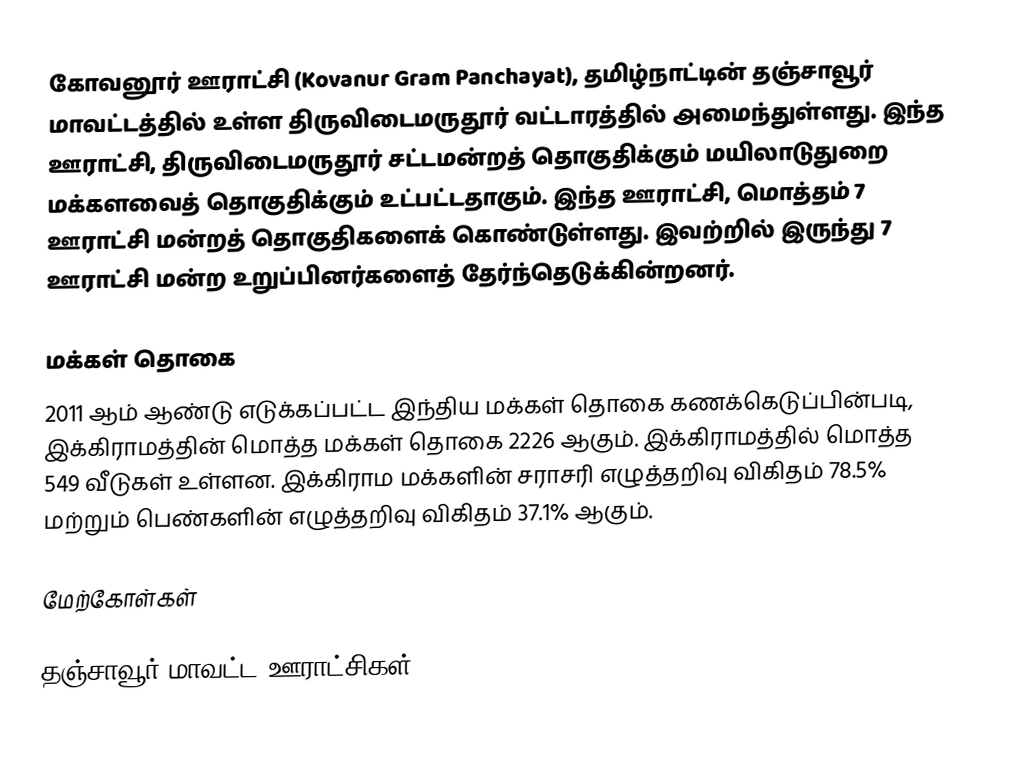
கோவனூர் ஊராட்சி (Kovanur Gram Panchayat), தமிழ்நாட்டின் தஞ்சாவூர் மாவட்டத்தில் உள்ள திருவிடைமருதூர் வட்டாரத்தில் அமைந்துள்ளது. இந்த ஊராட்சி, திருவிடைமருதூர் சட்டமன்றத் தொகுதிக்கும் மயிலாடுதுறை மக்களவைத் தொகுதிக்கும் உட்பட்டதாகும். இந்த ஊராட்சி, மொத்தம் 7 ஊராட்சி மன்றத் தொகுதிகளைக் கொண்டுள்ளது. இவற்றில் இருந்து 7 ஊராட்சி மன்ற உறுப்பினர்களைத் தேர்ந்தெடுக்கின்றனர்.

மக்கள் தொகை
2011 ஆம் ஆண்டு எடுக்கப்பட்ட இந்திய மக்கள் தொகை கணக்கெடுப்பின்படி, இக்கிராமத்தின் மொத்த மக்கள் தொகை 2226 ஆகும். இக்கிராமத்தில் மொத்த 549 வீடுகள் உள்ளன. இக்கிராம மக்களின் சராசரி எழுத்தறிவு விகிதம் 78.5% மற்றும் பெண்களின் எழுத்தறிவு விகிதம் 37.1% ஆகும்.

மேற்கோள்கள்

தஞ்சாவூர் மாவட்ட ஊராட்சிகள்